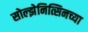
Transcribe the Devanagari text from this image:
सोल्झेनित्सिनच्या